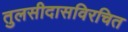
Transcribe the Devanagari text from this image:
तुलसीदासविरचित